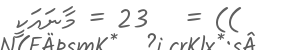
)) =   23 = މާނައަކީ